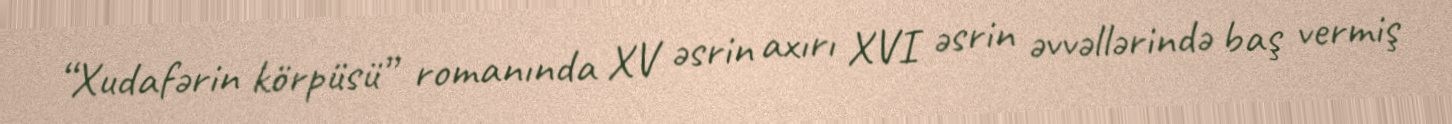
“Xudafərin körpüsü” romanında XV əsrin axırı XVI əsrin əvvəllərində baş vermiş